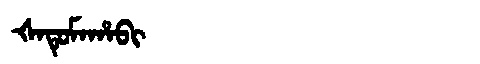
Manchu: ᡧᠠᡨᡠᠮᠠᡥᠠᠪᡳ
Romanization: ŠATUMAHABI